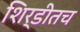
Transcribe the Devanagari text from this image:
शिर्डीतच